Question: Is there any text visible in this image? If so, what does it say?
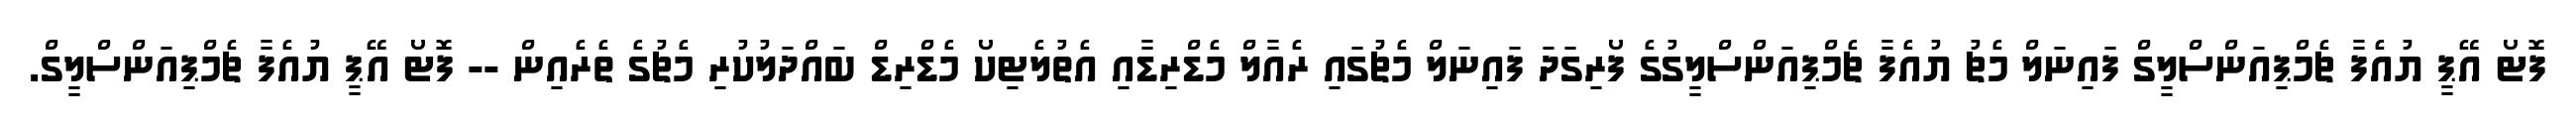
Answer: ފޮޓޯ އޭޕީ ޔުއެފާ ޗެމްޕިއަންސްލީގް ފައިނަލް މެޗު ޔުއެފާ ޗެމްޕިއަންސްލީގުގެ ފޯރިގަދަ ފައިނަލް މެޗުގައި ރެއާލް މެޑްރިޑާއި އެތުލެޓިކޯ މެޑްރިޑް ބައްދަލުކުރި މެޗުގެ ތެރެއިން -- ފޮޓޯ އޭޕީ ޔުއެފާ ޗެމްޕިއަންސްލީގް.